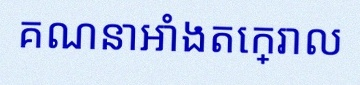
គណនាអាំងតេក្រាល